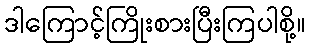
ဒါကြောင့်ကြိုးစားပြီးကြပါစို့။